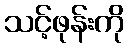
သင့်ဖုန်းကို